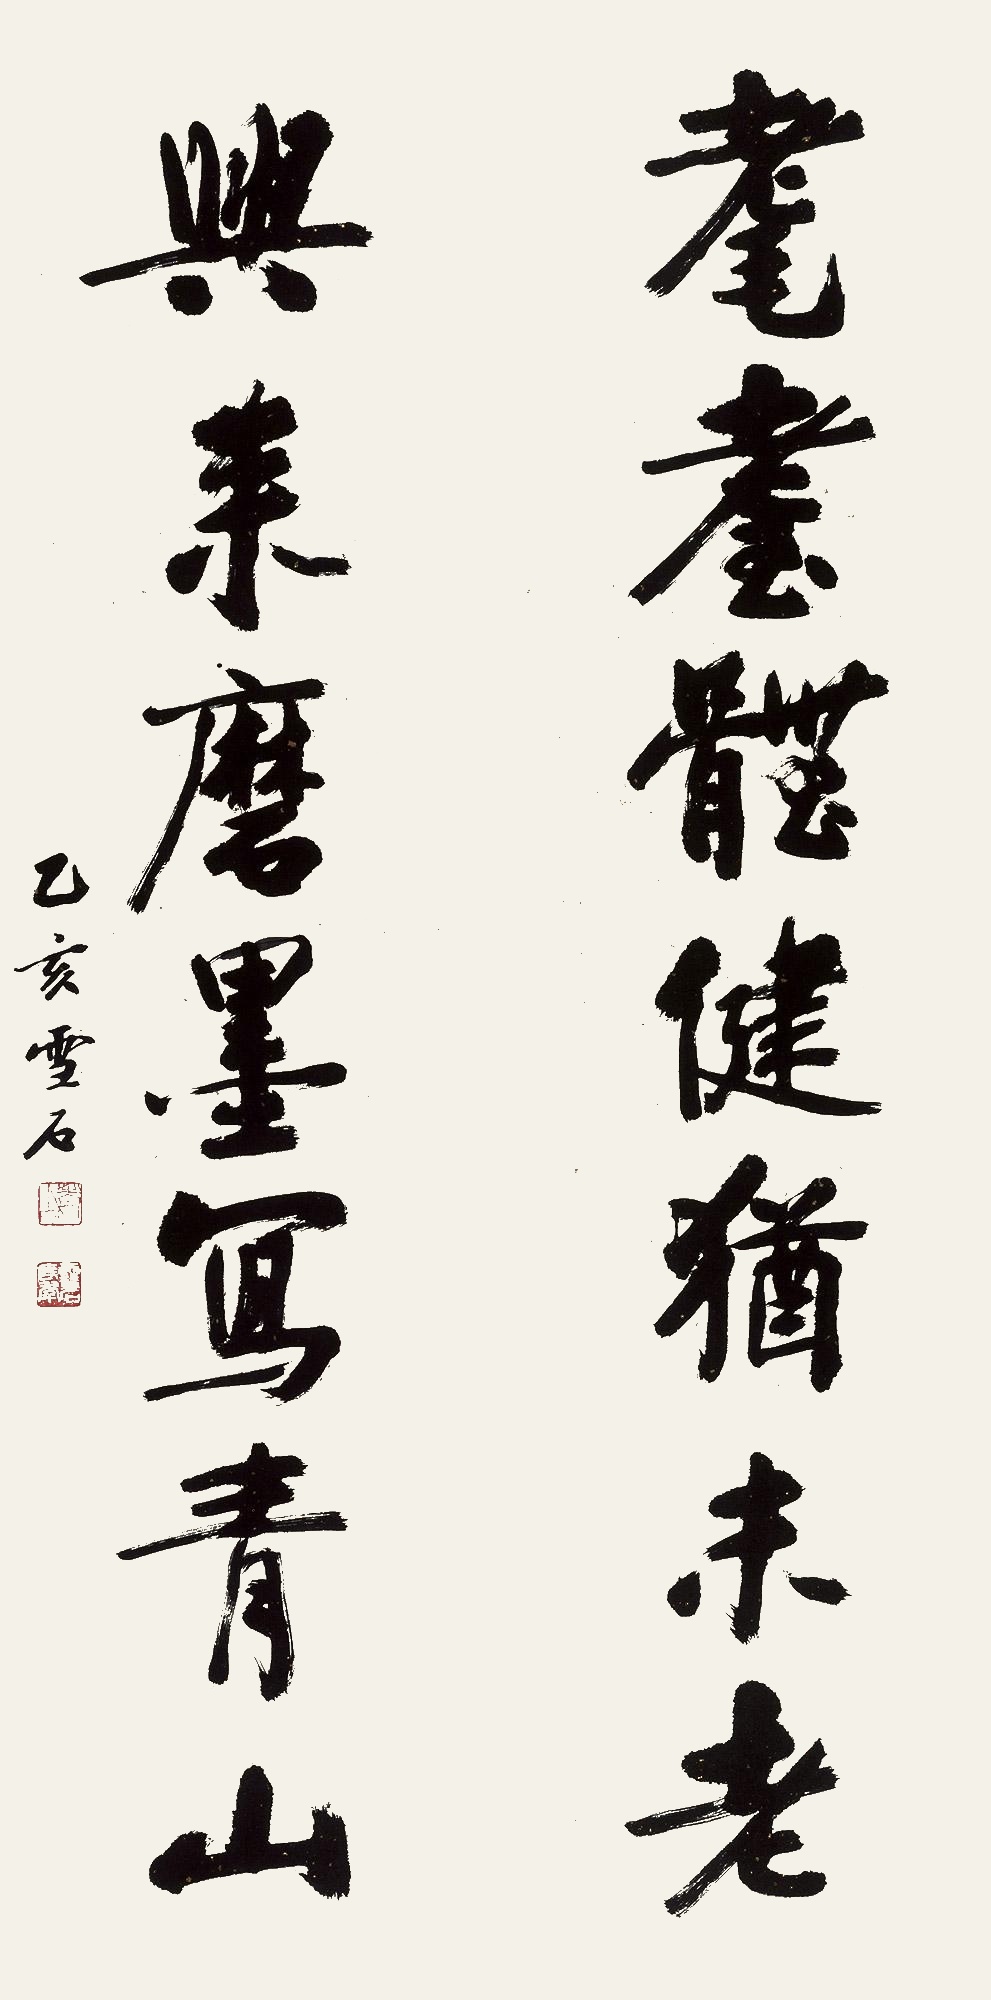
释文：耄耋体健犹未老，兴来磨墨写青山。乙亥雪石。